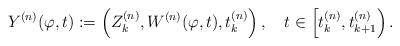
LaTeX: \begin{align*}Y^{(n)}(\varphi,t):=\left(Z_k^{(n)},W^{(n)}(\varphi,t),t_k^{(n)}\right),\quad t\in\left[t_k^{(n)},t_{k+1}^{(n)}\right).\end{align*}